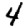
Digit: 4